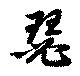
瑟